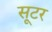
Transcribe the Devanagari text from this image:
सूटर